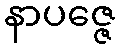
နာပဇ္ဇေ